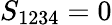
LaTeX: S_{1234}=0